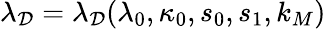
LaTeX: \lambda_{\mathcal{D}}=\lambda_{\mathcal{D}}(\lambda_{0},\kappa_{0},s_{0},s_{1},k_{M})